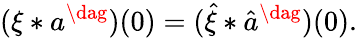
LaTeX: (\xi*a^{\dag})(0)=(\hat{\xi}*\hat{a}^{\dag})(0).